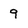
Character: 9